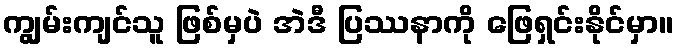
ကျွမ်းကျင်သူ ဖြစ်မှပဲ အဲဒီ ပြဿနာကို ဖြေရှင်းနိုင်မှာ။